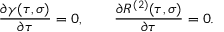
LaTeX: { \frac { \partial \gamma ( \tau , \sigma ) } { \partial \tau } } = 0 , \qquad { \frac { \partial R ^ { ( 2 ) } ( \tau , \sigma ) } { \partial \tau } } = 0 { . }